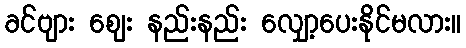
ခင်ဗျား ဈေး နည်းနည်း လျှော့ပေးနိုင်မလား။